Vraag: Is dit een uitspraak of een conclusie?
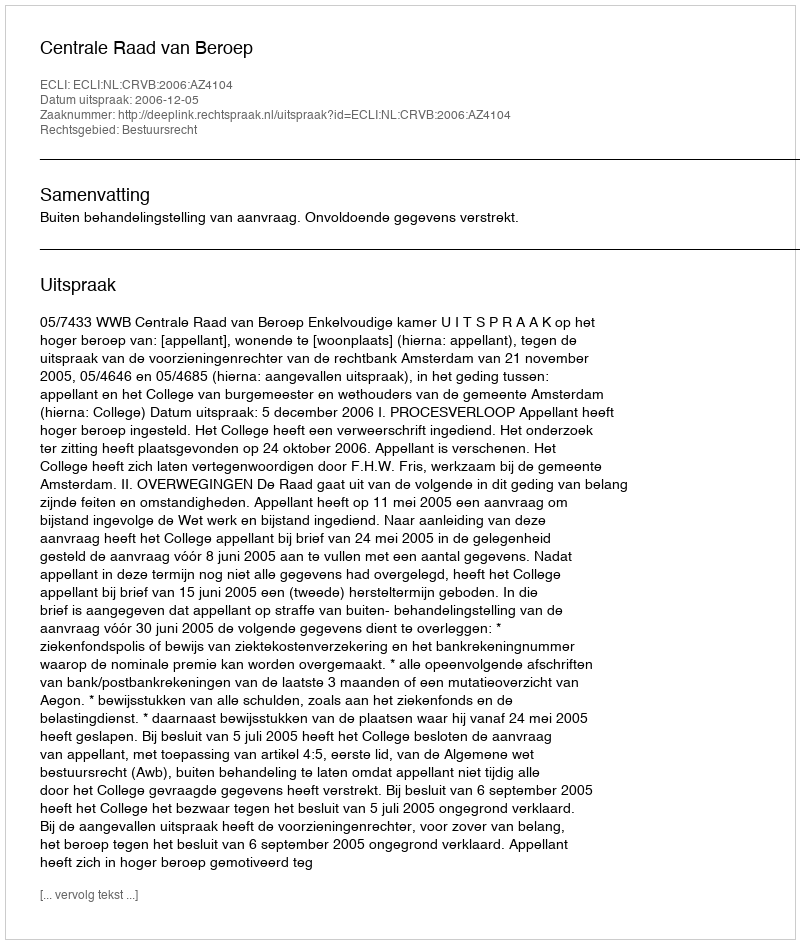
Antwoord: Uitspraak